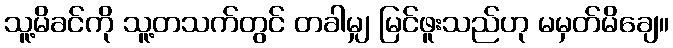
သူ့မိခင်ကို သူ့တသက်တွင် တခါမျှ မြင်ဖူးသည်ဟု မမှတ်မိချေ။